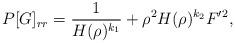
LaTeX: \begin{align*}P[G]_{rr}=\frac{1}{H(\rho)^{k_{1}}}+\rho^{2}H(\rho)^{k_{2}}F^{\prime}{}^{2},\end{align*}